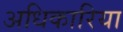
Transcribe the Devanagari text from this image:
अधिकारिया